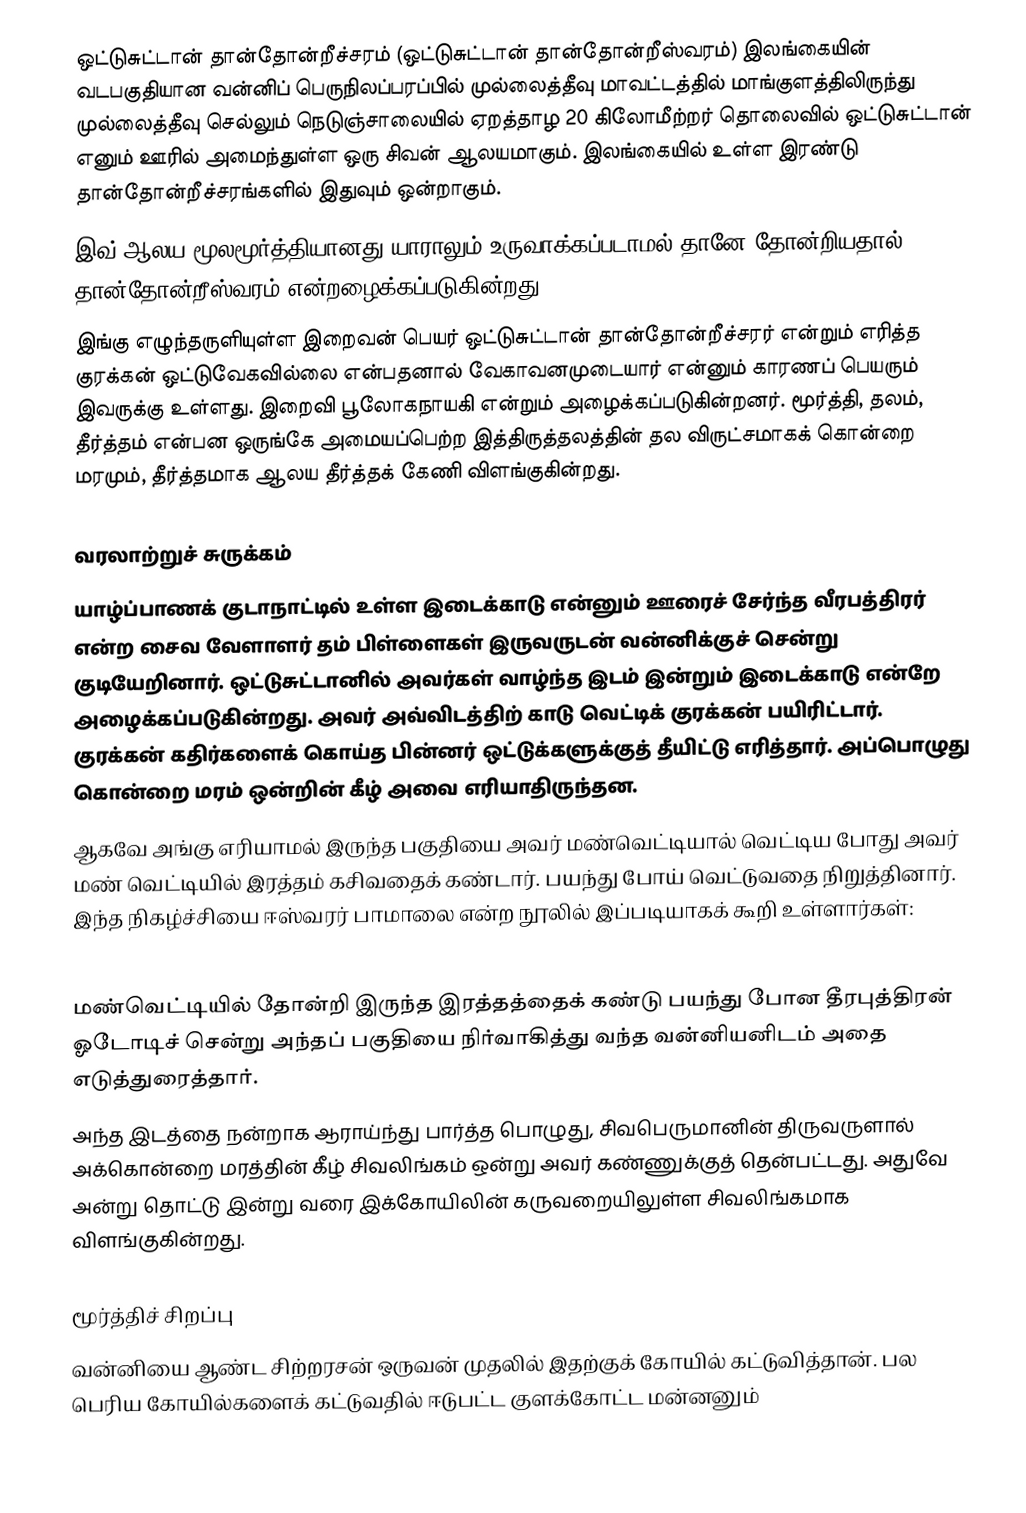
ஒட்டுசுட்டான் தான்தோன்றீச்சரம் (ஒட்டுசுட்டான் தான்தோன்றீஸ்வரம்) இலங்கையின் வடபகுதியான வன்னிப் பெருநிலப்பரப்பில் முல்லைத்தீவு மாவட்டத்தில் மாங்குளத்திலிருந்து முல்லைத்தீவு செல்லும் நெடுஞ்சாலையில் ஏறத்தாழ 20 கிலோமீற்றர் தொலைவில் ஒட்டுசுட்டான் எனும் ஊரில் அமைந்துள்ள ஒரு சிவன் ஆலயமாகும். இலங்கையில் உள்ள இரண்டு தான்தோன்றீச்சரங்களில் இதுவும் ஒன்றாகும்.
இவ் ஆலய மூலமூர்த்தியானது யாராலும் உருவாக்கப்படாமல் தானே தோன்றியதால் தான்தோன்றீஸ்வரம் என்றழைக்கப்படுகின்றது.
இங்கு எழுந்தருளியுள்ள இறைவன் பெயர் ஒட்டுசுட்டான் தான்தோன்றீச்சரர் என்றும் எரித்த குரக்கன் ஒட்டுவேகவில்லை என்பதனால் வேகாவனமுடையார் என்னும் காரணப் பெயரும் இவருக்கு உள்ளது. இறைவி பூலோகநாயகி என்றும் அழைக்கப்படுகின்றனர். மூர்த்தி, தலம், தீர்த்தம் என்பன ஒருங்கே அமையப்பெற்ற இத்திருத்தலத்தின் தல விருட்சமாகக் கொன்றை மரமும், தீர்த்தமாக ஆலய தீர்த்தக் கேணி விளங்குகின்றது.

வரலாற்றுச் சுருக்கம்
யாழ்ப்பாணக் குடாநாட்டில் உள்ள இடைக்காடு என்னும் ஊரைச் சேர்ந்த வீரபத்திரர் என்ற சைவ வேளாளர் தம் பிள்ளைகள் இருவருடன் வன்னிக்குச் சென்று குடியேறினார். ஒட்டுசுட்டானில் அவர்கள் வாழ்ந்த இடம் இன்றும் இடைக்காடு என்றே அழைக்கப்படுகின்றது. அவர் அவ்விடத்திற் காடு வெட்டிக் குரக்கன் பயிரிட்டார். குரக்கன் கதிர்களைக் கொய்த பின்னர் ஒட்டுக்களுக்குத் தீயிட்டு எரித்தார். அப்பொழுது கொன்றை மரம் ஒன்றின் கீழ் அவை எரியாதிருந்தன.
ஆகவே அங்கு எரியாமல் இருந்த பகுதியை அவர் மண்வெட்டியால் வெட்டிய போது அவர் மண் வெட்டியில் இரத்தம் கசிவதைக் கண்டார். பயந்து போய் வெட்டுவதை நிறுத்தினார். இந்த நிகழ்ச்சியை ஈஸ்வரர் பாமாலை என்ற நூலில் இப்படியாகக் கூறி உள்ளார்கள்:

மண்வெட்டியில் தோன்றி இருந்த இரத்தத்தைக் கண்டு பயந்து போன தீரபுத்திரன் ஓடோடிச் சென்று அந்தப் பகுதியை நிர்வாகித்து வந்த வன்னியனிடம் அதை எடுத்துரைத்தார்.
அந்த இடத்தை நன்றாக ஆராய்ந்து பார்த்த பொழுது, சிவபெருமானின் திருவருளால் அக்கொன்றை மரத்தின் கீழ் சிவலிங்கம் ஒன்று அவர் கண்ணுக்குத் தென்பட்டது. அதுவே அன்று தொட்டு இன்று வரை இக்கோயிலின் கருவறையிலுள்ள சிவலிங்கமாக விளங்குகின்றது.

மூர்த்திச் சிறப்பு
வன்னியை ஆண்ட சிற்றரசன் ஒருவன் முதலில் இதற்குக் கோயில் கட்டுவித்தான். பல பெரிய கோயில்களைக் கட்டுவதில் ஈடுபட்ட குளக்கோட்ட மன்னனும்